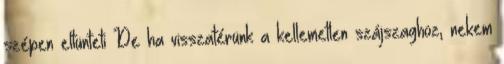
szépen eltünteti De ha visszatérünk a kellemetlen szájszaghoz, nekem